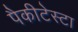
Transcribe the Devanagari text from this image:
पैकीटेस्टा